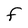
Character: F